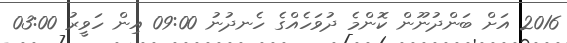
2016 އަށް ބަންދުނޫން ކޮންމެ ދުވަހެއްގެ ހެނދުނު 09:00 އިން ހަވީރު 03:00